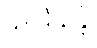
သာဒိယန္တိ